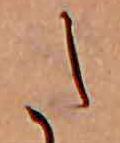
た